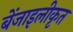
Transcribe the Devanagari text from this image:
बेंजाइलीकृत